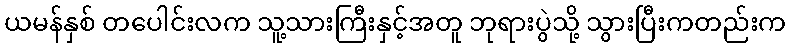
ယမန်နှစ် တပေါင်းလက သူ့သားကြီးနှင့်အတူ ဘုရားပွဲသို့ သွားပြီးကတည်းက